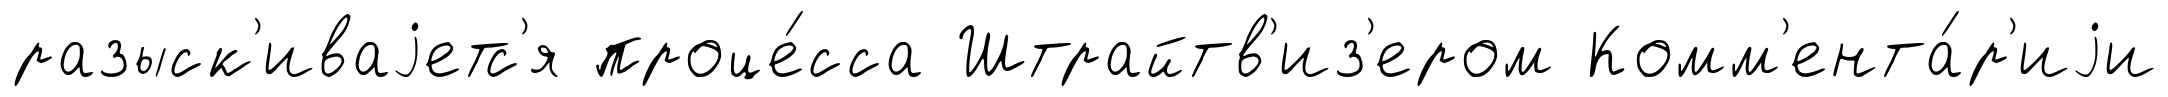
разыск'иваjетс'я проце́сса Штрайтв'из'ером Комм'ента́р'иjи